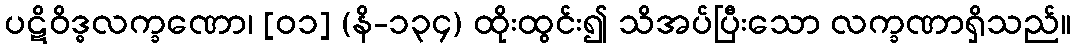
ပဋိဝိဒ္ဓလက္ခဏော၊ [၀၁] (နိ-၁၃၄) ထိုးထွင်း၍ သိအပ်ပြီးသော လက္ခဏာရှိသည်။